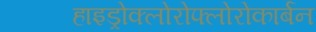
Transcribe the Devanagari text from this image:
हाइड्रोक्लोरोफ्लोरोकार्बन